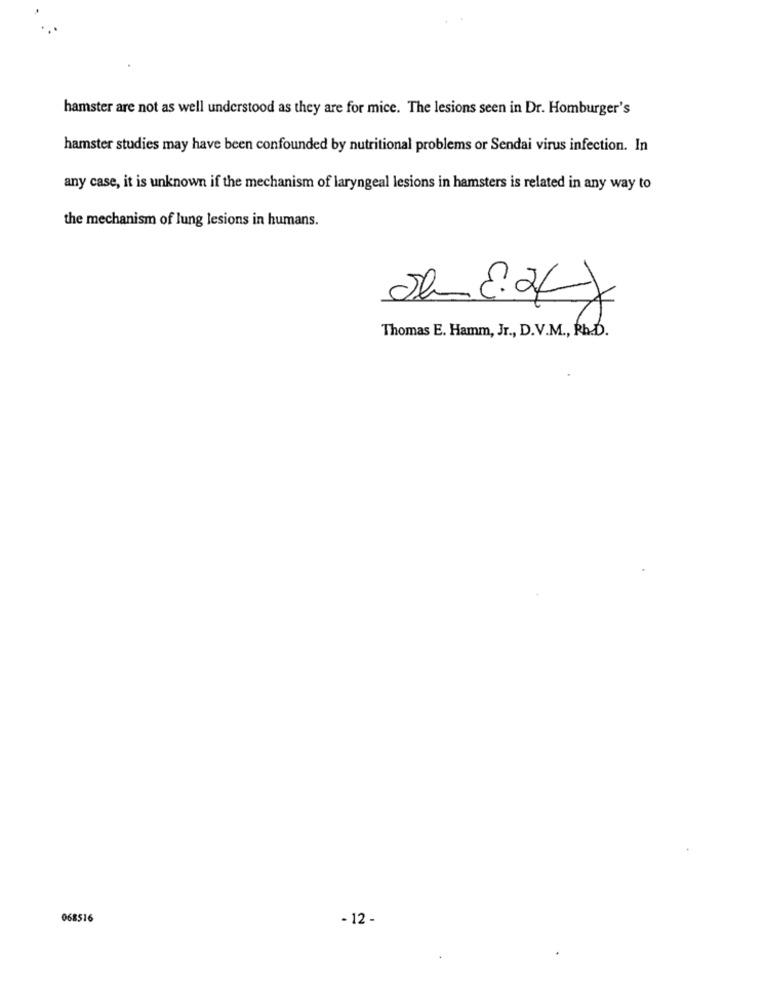
hamster are not as well understood as they are for mice. The lesions seen in Dr. Homburger's
hamster studies may have been confounded by nutritional problems or Sendai virus infection. In
any case, it is unknown if the mechanism of laryngeal lesions in hamsters is related in any way to
the mechanism of lung lesions in humans.
T
Thomas E. Hamm, Jr ., D.V.M ., Ph.D.
068516
- 12 -